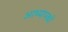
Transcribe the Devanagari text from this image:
आध्यापकों